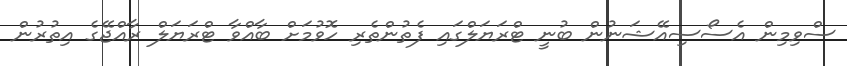
ސްވިމިން އެސޯސިއޭޝަނުން ބުނީ ޓްރަޔަލްގައި ފެތުންތެރި ހޮވުމަށް ބާއްވާ ޓްރަޔަލް ރާއްޖޭގެ އިތުރުން